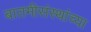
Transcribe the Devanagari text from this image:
बातमीसंस्थांच्या